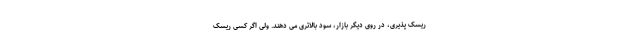
ریسک پذیری، در روی دیگر بازار، سود بالاتری می دهند. ولی اگر کسی ریسک